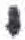
אות: י